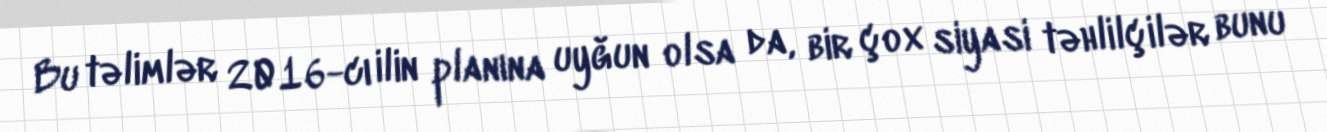
Bu təlimlər 2016-cı ilin planına uyğun olsa da, bir çox siyasi təhlilçilər bunu